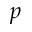
p